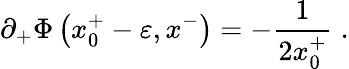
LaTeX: \partial_{+}\Phi\left(x_{0}^{+}-\varepsilon,x^{-}\right)=-{\frac{1}{2x_{0}^{+}}}\; .